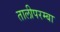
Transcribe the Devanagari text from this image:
तालीपरम्बा